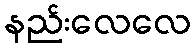
နည်းလေလေ